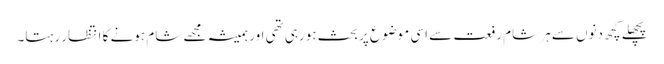
پچھلے کچھ دنوں سے ہر شام رفعت سے اسی موضوع پر بحث ہورہی تھی اور ہمیشہ مجھے شام ہونے کا انتظار رہتا۔